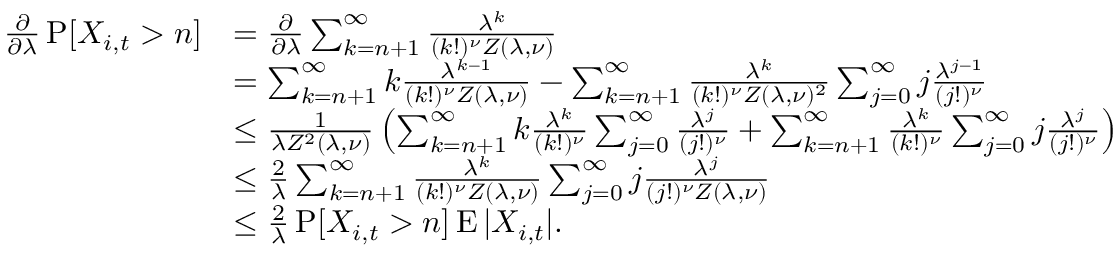
\begin{array} { r l } { \frac { \partial } { \partial \lambda } \operatorname { P } [ X _ { i , t } > n ] } & { = \frac { \partial } { \partial \lambda } \sum _ { k = n + 1 } ^ { \infty } \frac { \lambda ^ { k } } { ( k ! ) ^ { \nu } Z ( \lambda , \nu ) } } \\ & { = \sum _ { k = n + 1 } ^ { \infty } k \frac { \lambda ^ { k - 1 } } { ( k ! ) ^ { \nu } Z ( \lambda , \nu ) } - \sum _ { k = n + 1 } ^ { \infty } \frac { \lambda ^ { k } } { ( k ! ) ^ { \nu } Z ( \lambda , \nu ) ^ { 2 } } \sum _ { j = 0 } ^ { \infty } j \frac { \lambda ^ { j - 1 } } { ( j ! ) ^ { \nu } } } \\ & { \leq \frac { 1 } { \lambda Z ^ { 2 } ( \lambda , \nu ) } \left( \sum _ { k = n + 1 } ^ { \infty } k \frac { \lambda ^ { k } } { ( k ! ) ^ { \nu } } \sum _ { j = 0 } ^ { \infty } \frac { \lambda ^ { j } } { ( j ! ) ^ { \nu } } + \sum _ { k = n + 1 } ^ { \infty } \frac { \lambda ^ { k } } { ( k ! ) ^ { \nu } } \sum _ { j = 0 } ^ { \infty } j \frac { \lambda ^ { j } } { ( j ! ) ^ { \nu } } \right) } \\ & { \leq \frac { 2 } { \lambda } \sum _ { k = n + 1 } ^ { \infty } \frac { \lambda ^ { k } } { ( k ! ) ^ { \nu } Z ( \lambda , \nu ) } \sum _ { j = 0 } ^ { \infty } j \frac { \lambda ^ { j } } { ( j ! ) ^ { \nu } Z ( \lambda , \nu ) } } \\ & { \leq \frac { 2 } { \lambda } \operatorname { P } [ X _ { i , t } > n ] \operatorname { E } | X _ { i , t } | . } \end{array}